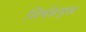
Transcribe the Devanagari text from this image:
तिर्थङमुख